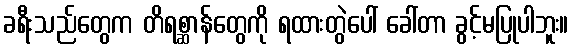
ခရီးသည်တွေက တိရစ္ဆာန်တွေကို ရထားတွဲပေါ် ခေါ်တာ ခွင့်မပြုပါဘူး။